Report on vaccination in the Province of Bengal - 1869-1873
Year: 1869
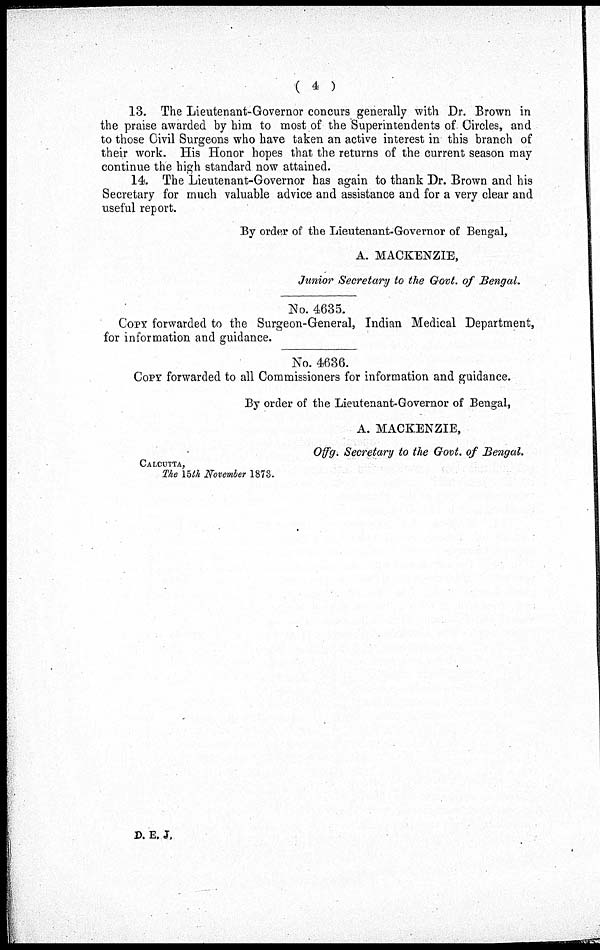
( 4 )
13. The Lieutenant-Governor concurs generally with Dr. Brown in
the praise awarded by him to most of the Superintendents of Circles, and
to those Civil Surgeons who have taken an active interest in this branch of
their work. His Honor hopes that the returns of the current season may
continue the high standard now attained.
14. The Lieutenant-Governor has again to thank Dr. Brown and his
Secretary for much valuable advice and assistance and for a very clear and
useful report.
By order of the Lieutenant-Governor of Bengal,
A. MACKENZIE,
Junior Secretary to the Govt. of Bengal.
No. 4635.
COPY forwarded to the Surgeon-General, Indian Medical Department,
for information and guidance.
No. 4636.
COPY forwarded to all Commissioners for information and guidance.
By order of the Lieutenant-Governor of Bengal,
A. MACKENZIE,
Offg. Secretary to the Govt. of Bengal.
CALCUTTA,
The 15th November 1873.
D. E. J.